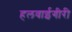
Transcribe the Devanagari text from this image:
हलवाईगीरी